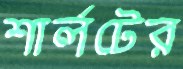
শার্লটের